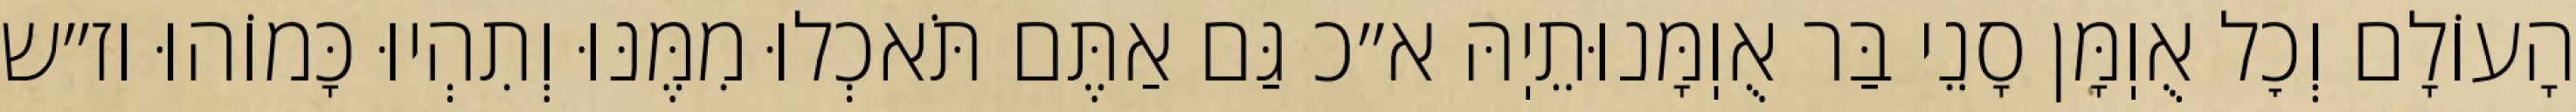
הָעוֹלָם וְכׇל אֻוֽמָּן סָנֵי בַּר אֻוֽמָּנוּתֵיֽהּ א״כ גַּם אַתֶּם תֹּאכְלוּ מִמֶּנּוּ וְתִהְיוּ כָּמוֹהוּ וז״ש